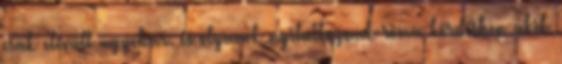
csak elévült ugyebár. és olyanok nyilatkoznak roma kérdésben akik